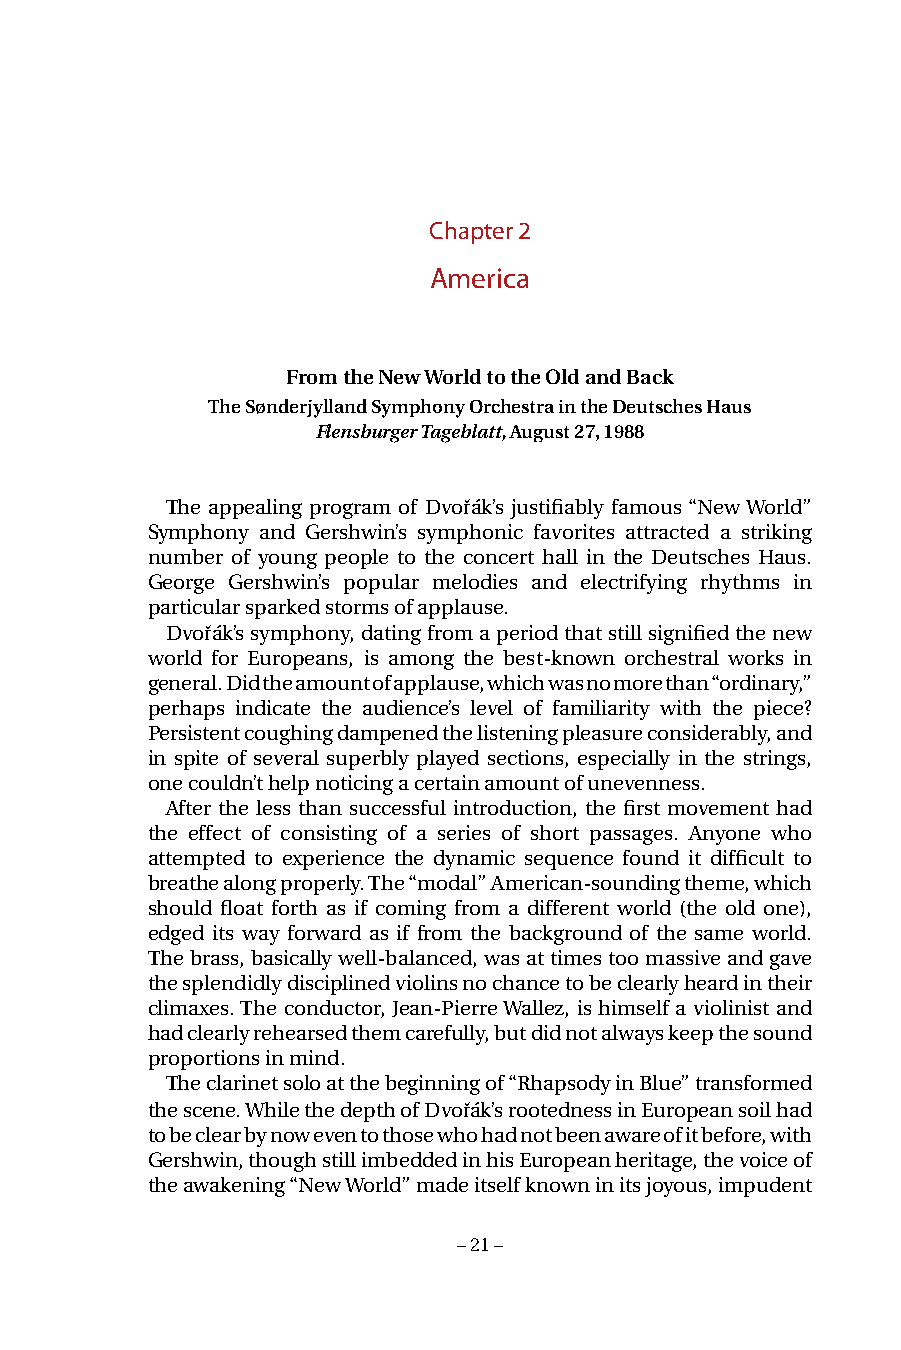
Chapter 2
 America
 From the New World to the Old and Back
 The Sønderjylland Symphony Orchestra in the Deutsches Haus
 Flensburger Tageblatt, August 27, 1988
 The appealing program of Dvořák’s justifiably famous “New World”
 Symphony and Gershwin’s symphonic favorites attracted a striking
 number of young people to the concert hall in the Deutsches Haus.
 George Gershwin’s popular melodies and electrifying rhythms in
 particular sparked storms of applause.
 Dvořák’s symphony, dating from a period that still signified the new
 world for Europeans, is among the best-known orchestral works in
 general. Did the amount of applause, which was no more than “ordinary,”
 perhaps indicate the audience’s level of familiarity with the piece?
 Persistent coughing dampened the listening pleasure considerably, and
 in spite of several superbly played sections, especially in the strings,
 one couldn’t help noticing a certain amount of unevenness.
 After the less than successful introduction, the first movement had
 the effect of consisting of a series of short passages. Anyone who
 attempted to experience the dynamic sequence found it difficult to
 breathe along properly. The “modal” American-sounding theme, which
 should float forth as if coming from a different world (the old one),
 edged its way forward as if from the background of the same world.
 The brass, basically well-balanced, was at times too massive and gave
 the splendidly disciplined violins no chance to be clearly heard in their
 climaxes. The conductor, Jean-Pierre Wallez, is himself a violinist and
 had clearly rehearsed them carefully, but did not always keep the sound
 proportions in mind.
 The clarinet solo at the beginning of “Rhapsody in Blue” transformed
 the scene. While the depth of Dvořák’s rootedness in European soil had
 to be clear by now even to those who had not been aware of it before, with
 Gershwin, though still imbedded in his European heritage, the voice of
 the awakening “New World” made itself known in its joyous, impudent
 – 21 –